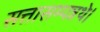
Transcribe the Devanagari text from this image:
सत्तासम्पन्नथे।